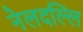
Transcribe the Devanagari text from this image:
नेलदल्लि